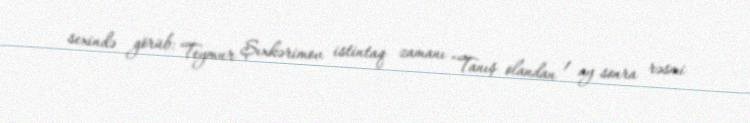
sexində görüb: Teymur Şıxkərimov istintaq zamanı “Tanış olandan 1 ay sonra rəsmi